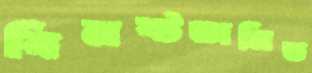
বিনষ্টজনিত